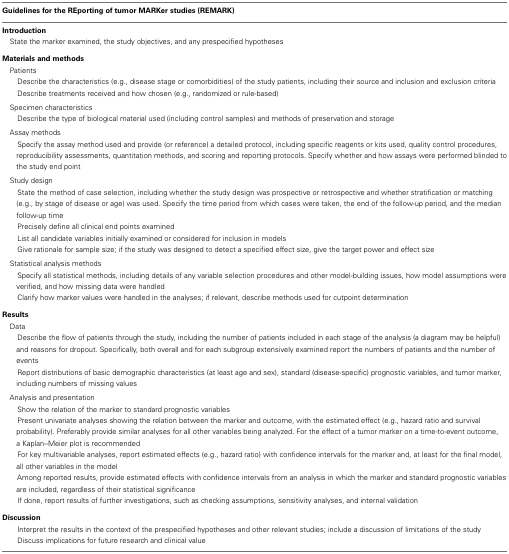
<table><thead><tr><td><b>Guidelines for the REporting of tumor MARKer studies (REMARK)</b></td></tr></thead><tbody><tr><td><b>Introduction</b></td></tr><tr><td> State the marker examined, the study objectives, and any prespecified hypotheses</td></tr><tr><td><b>Materials and methods</b></td></tr><tr><td> Patients</td></tr><tr><td>Describe the characteristics (e.g., disease stage or comorbidities) of the study patients, including their source and inclusion and exclusion criteria</td></tr><tr><td>Describe treatments received and how chosen (e.g., randomized or rule-based)</td></tr><tr><td> Specimen characteristics</td></tr><tr><td>Describe the type of biological material used (including control samples) and methods of preservation and storage</td></tr><tr><td> Assay methods</td></tr><tr><td>Specify the assay method used and provide (or reference) a detailed protocol, including specific reagents or kits used, quality control procedures, reproducibility assessments, quantitation methods, and scoring and reporting protocols. Specify whether and how assays were performed blinded to the study end point</td></tr><tr><td> Study design</td></tr><tr><td>State the method of case selection, including whether the study design was prospective or retrospective and whether stratification or matching (e.g., by stage of disease or age) was used. Specify the time period from which cases were taken, the end of the follow-up period, and the median follow-up time</td></tr><tr><td>Precisely define all clinical end points examined</td></tr><tr><td>List all candidate variables initially examined or considered for inclusion in models</td></tr><tr><td>Give rationale for sample size; if the study was designed to detect a specified effect size, give the target power and effect size</td></tr><tr><td> Statistical analysis methods</td></tr><tr><td>Specify all statistical methods, including details of any variable selection procedures and other model-building issues, how model assumptions were verified, and how missing data were handled</td></tr><tr><td>Clarify how marker values were handled in the analyses; if relevant, describe methods used for cutpoint determination</td></tr><tr><td><b>Results</b></td></tr><tr><td> Data</td></tr><tr><td>Describe the flow of patients through the study, including the number of patients included in each stage of the analysis (a diagram may be helpful) and reasons for dropout. Specifically, both overall and for each subgroup extensively examined report the numbers of patients and the number of events</td></tr><tr><td>Report distributions of basic demographic characteristics (at least age and sex), standard (disease-specific) prognostic variables, and tumor marker, including numbers of missing values</td></tr><tr><td> Analysis and presentation</td></tr><tr><td>Show the relation of the marker to standard prognostic variables</td></tr><tr><td>Present univariate analyses showing the relation between the marker and outcome, with the estimated effect (e.g., hazard ratio and survival probability). Preferably provide similar analyses for all other variables being analyzed. For the effect of a tumor marker on a time-to-event outcome, a Kaplan–Meier plot is recommended</td></tr><tr><td>For key multivariable analyses, report estimated effects (e.g., hazard ratio) with confidence intervals for the marker and, at least for the final model, all other variables in the model</td></tr><tr><td>Among reported results, provide estimated effects with confidence intervals from an analysis in which the marker and standard prognostic variables are included, regardless of their statistical significance</td></tr><tr><td>If done, report results of further investigations, such as checking assumptions, sensitivity analyses, and internal validation</td></tr><tr><td><b>Discussion</b></td></tr><tr><td>Interpret the results in the context of the prespecified hypotheses and other relevant studies; include a discussion of limitations of the study</td></tr><tr><td>Discuss implications for future research and clinical value</td></tr></tbody></table>